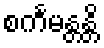
စင်္ကမန္တန္တိ